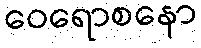
ဝေရောစနော